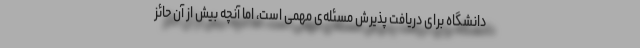
دانشگاه برای دریافت پذیرش مسئله‌ی مهمی است، اما آنچه بیش از آن حائز